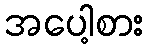
အပေါ့စား